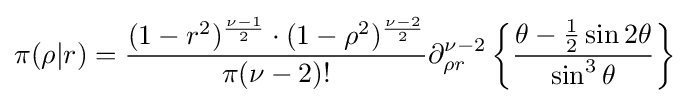
\pi (\rho |r)={\frac {(1-r^{2})^{\frac {\nu -1}{2}}\cdot (1-\rho ^{2})^{\frac {\nu -2}{2}}}{\pi (\nu -2)!}}\partial _{\rho r}^{\nu -2}\left\{{\frac {\theta -{\frac {1}{2}}\sin 2\theta }{\sin ^{3}\theta }}\right\}